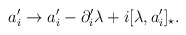
\begin{align*}a_{i}^{\prime} \rightarrow a_{i}^{\prime}-\partial_{i}^{\prime}\lambda +i[\lambda,a_{i}^{\prime}]_{\star}.\end{align*}